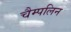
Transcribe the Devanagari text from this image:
चैम्पलिन